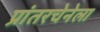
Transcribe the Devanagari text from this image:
प्रांतरचेनेला